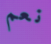
نعم